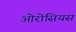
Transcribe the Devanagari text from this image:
ओरोसियस